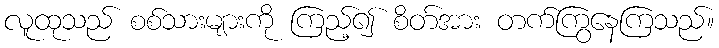
လူထုသည် စစ်သားများကို ကြည့်၍ စိတ်အား တက်ကြွနေကြသည်။